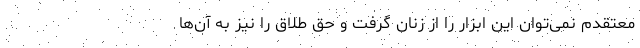
معتقدم نمی‌توان این ابزار را از زنان گرفت و حق طلاق را نیز به آن‌ها